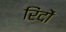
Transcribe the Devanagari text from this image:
रिंदों